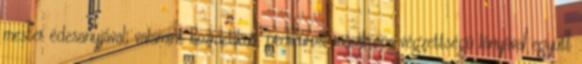
mester édesanyjával, valamint kozmetikus, pedikûrös, manikûrös végzettségû lányával együtt